Document type: Grant
Year: 1403
Scribe: Berenguer Pedrosell
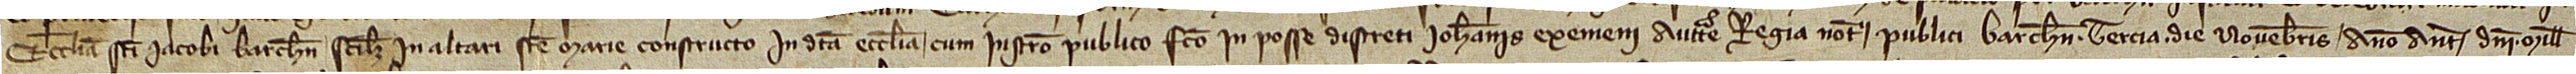
ecclesia Sancti Iacobi Barchinone, scilicet in altari Sancte Marie constructo in dicta ecclesia, cum instrumento facto in posse discreti Iohannis Exemeni, auctoritate regia notarii publici Barchinone, tercia die novembris, anno a Nativitate Domini mille-